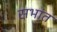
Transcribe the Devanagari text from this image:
सभांत